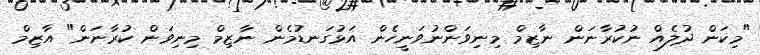
"މިކަން ދުލެއް ނުކުރާނަން ނާޒިމް މިނިވަންނުވަނީހެން އަޅުގަނޑުމެން ނާޒިމް މިނިވަން ކުރާނަން" އާޒިމް